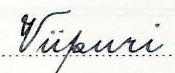
Viipuri